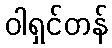
ဝါရှင်တန်